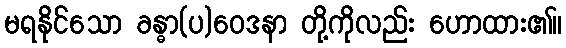
မရနိုင်သော ခန္ဓာ(ပ)ဝေဒနာ တို့ကိုလည်း ဟောထား၏။